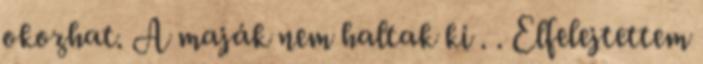
okozhat. A maják nem haltak ki . . Elfelejtettem